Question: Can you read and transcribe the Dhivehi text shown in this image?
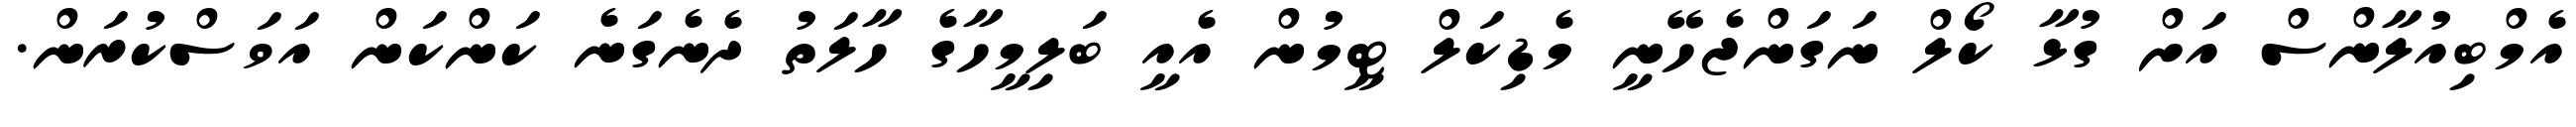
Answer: އެމްބިއުލާންސް އަށް ގުޅާ ކޯލް ނަގަންޖެހޭނީ މެޑިކަލް ޓީމުން އެއީ ބަލިމީހާގެ ހާލަތު ދެނެގަނެ ކަންކަން އަވަސްކުރަން.